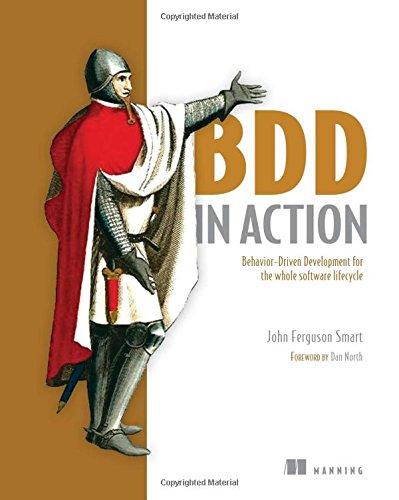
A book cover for BDD in Action: Behavior-driven development for the whole software lifecycle; John Ferguson Smart; Computers & Technology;